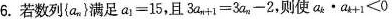
6.若数列{a_{n}}满足$$a =15$$，且$$3a_{n}+=3a_{n}-2$$,则使a_{k}a_{k]+1<o